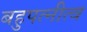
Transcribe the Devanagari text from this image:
बहुपत्‍नीत्व